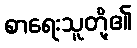
စာရေးသူတို့၏